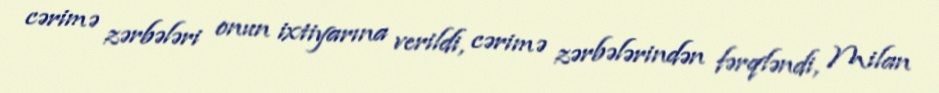
cərimə zərbələri onun ixtiyarına verildi, cərimə zərbələrindən fərqləndi, Milan